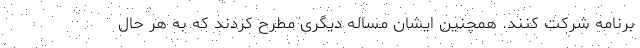
برنامه شرکت کنند. همچنین ایشان مساله دیگری مطرح کردند که به هر حال